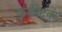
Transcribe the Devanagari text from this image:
कुशोदकं